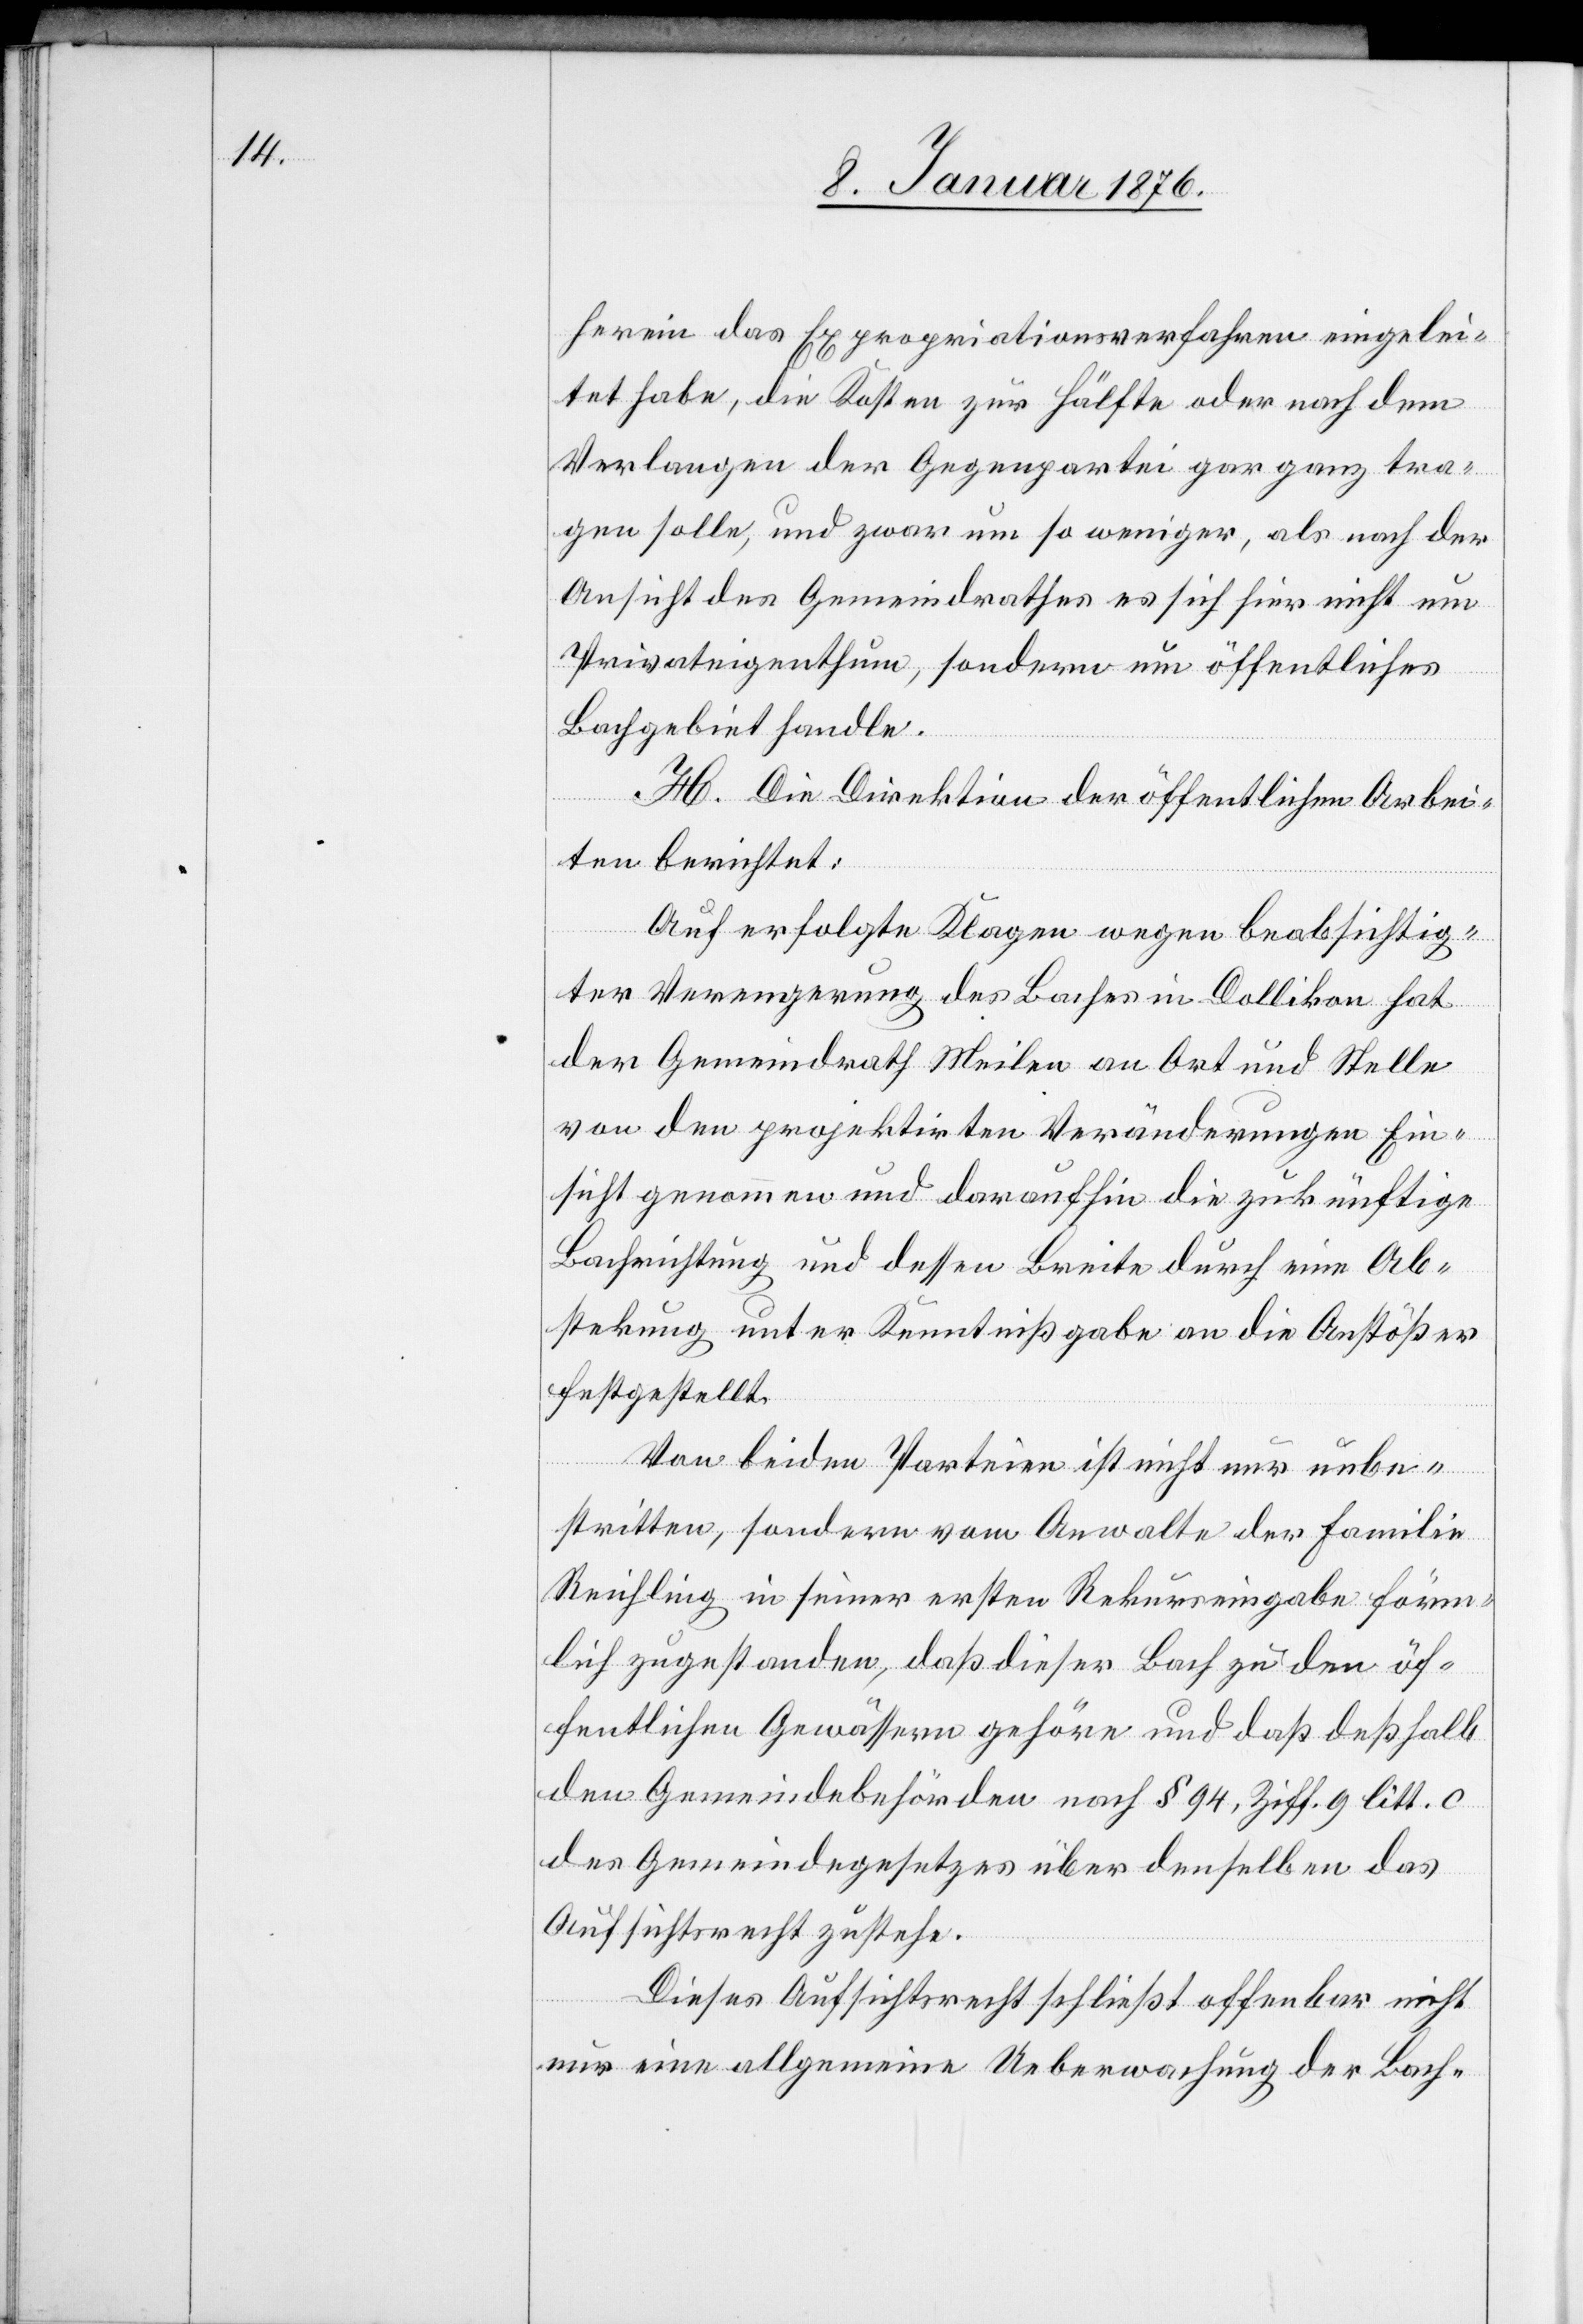
herein das Expropriationsverfahren eingelei¬
tet habe, die Kosten zur Hälfte oder nach dem
Verlangen der Gegenpartei gar ganz tra¬
gen solle, und zwar um so weniger, als nach der
Ansicht des Gemeindrathes es sich hier nicht um
Privateigenthum, sondern um öffentliches
Bachgebiet handle.
H. Die Direktion der öffentlichen Arbei¬
ten berichtet:
Auf erfolgte Klagen wegen beabsichtig¬
ter Verengerung des Baches in Dollikon hat
der Gemeindrath Meilen an Ort und Stelle
von den projektirten Veränderungen Ein¬
sicht genommen und daraufhin die zukünftige
Bachrichtung und dessen Breite durch eine Ab¬
stekung unter Kenntnißgabe an die Anstößer
festgestellt.
Von beiden Parteien ist nicht nur unbe¬
stritten, sondern vom Anwalte der Familie
Reichling in seiner ersten Rekurseingabe förm¬
lich zugestanden, daß dieser Bach zu den öf¬
fentlichen Gewässern gehöre und daß deßhalb
den Gemeindebehörden nach § 94, Ziff.9 litt. c
des Gemeindegesetzes über denselben das
Aufsichtsrecht zustehe.
Dieses Aufsichtsrecht schließt offenbar nicht
nur eine allgemeine Ueberwachung der Bach-